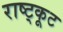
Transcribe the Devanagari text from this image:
राष्ट्कूट